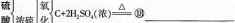
硫氧$$C + 2 H_{2} S O_{4}(浓)\xlongequal{△}$$⑱___